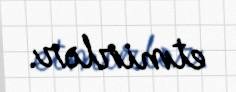
etmirlər.